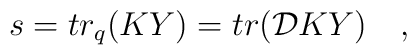
s= tr_q(KY)=tr ({\cal D}KY) \quad,